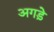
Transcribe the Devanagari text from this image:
अगड़े